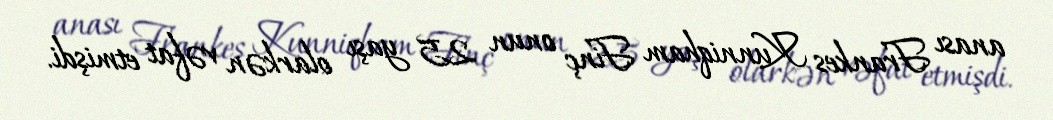
anası Frankes Kunniqham Finç onun 25 yaşı olarkən vəfat etmişdi.